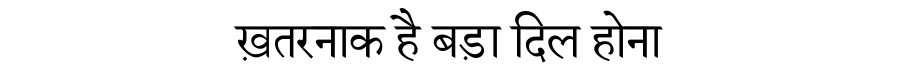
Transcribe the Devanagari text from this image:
ख़तरनाक है बड़ा दिल होना